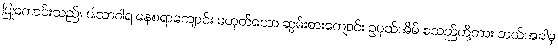
ပြုကောင်းသည်။ ဝါသာဂါရ နေစရာကျောင်း မဟုတ်သော ဆွမ်းစားကျောင်း ဥပုသ်အိမ် စသည်တို့ကား ဘယ်အခါမှ